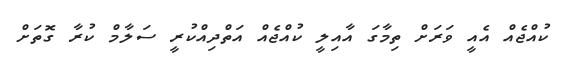
ކުއްޖެއް އެއީ ވަރަށް ތިމާގަ އާއިލީ ކުއްޖެއް އަތްދިއްކުރީ ސަލާމް ކުރާ ގޮތަށް